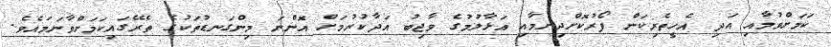
ކަމަށްވުމާއި އަދި އެހީތެރިކަން ފޯރުކޮށްދިނުމާއި އަޅާލުމުގެ ވާޖިބު އަދާކުރުމަށް އޮންނަ މިންގަނޑުތަކުގެ ތެރޭގައިކަމަށްވާނަމައެވެ.